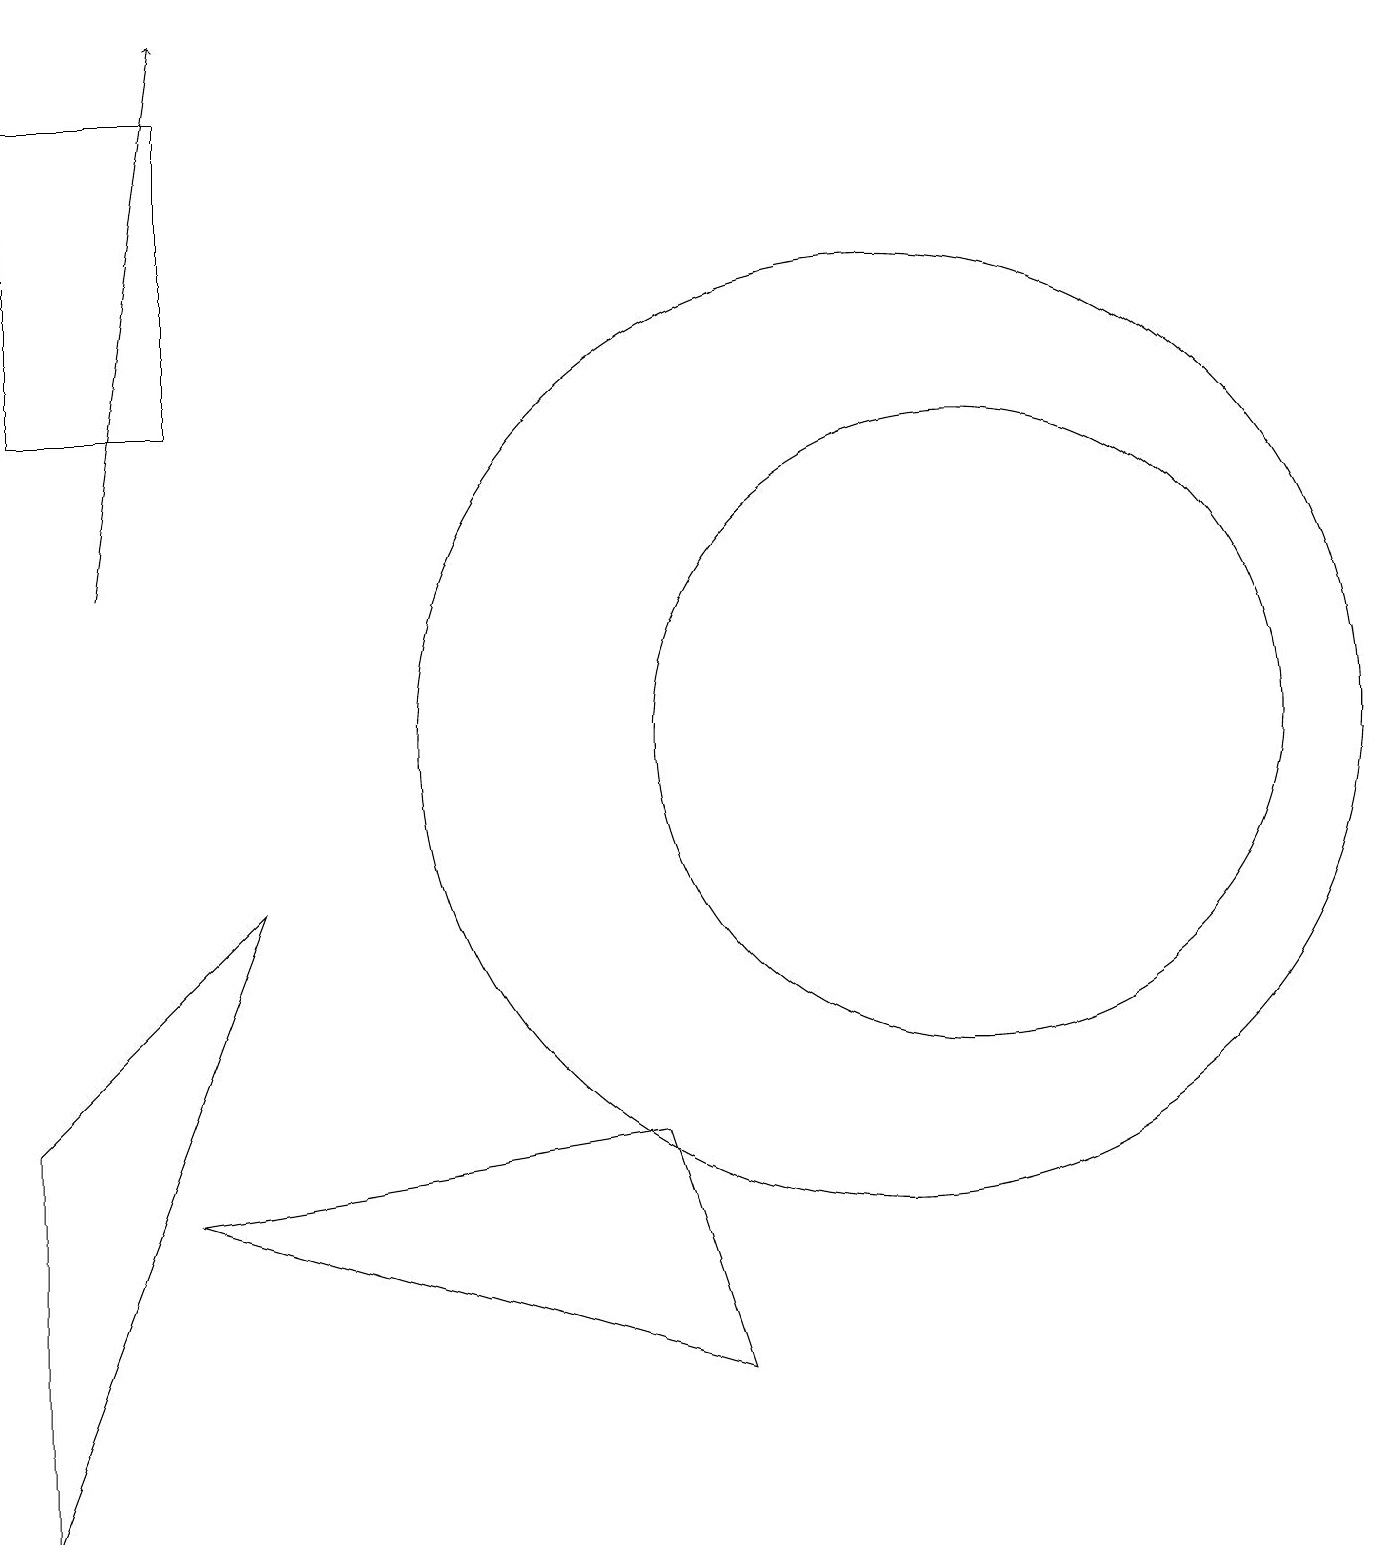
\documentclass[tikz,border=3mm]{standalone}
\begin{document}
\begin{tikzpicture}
\draw (0,18) rectangle (2,14);
\draw[->] (1,12) -- (2,19);
\draw (2,4) -- (8,5) -- (9,2) -- cycle;
\draw (11,10) circle (6);
\draw (12,10) circle (4);
\draw (0,5) -- (3,8) -- (0,0) -- cycle;
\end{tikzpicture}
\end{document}